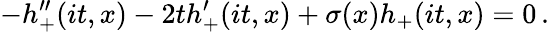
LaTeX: -h_{+}^{\prime\prime}(it,x)-2th_{+}^{\prime}(it,x)+\sigma(x)h_{+}(it,x)=0\, .